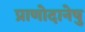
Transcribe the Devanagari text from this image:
प्राणोदानेषु